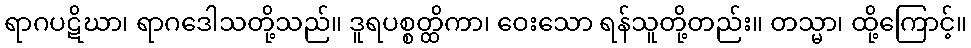
ရာဂပဋိဃာ၊ ရာဂဒေါသတို့သည်။ ဒူရပစ္စတ္ထိကာ၊ ဝေးသော ရန်သူတို့တည်း။ တသ္မာ၊ ထို့ကြောင့်။